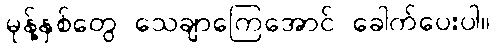
မုန့်နှစ်တွေ သေချာကြေအောင် ခေါက်ပေးပါ။